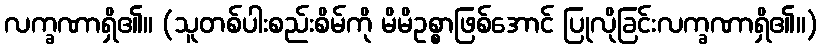
လက္ခဏာရှိ၏။ (သူတစ်ပါးစည်းစိမ်ကို မိမိဥစ္စာဖြစ်အောင် ပြုလိုခြင်းလက္ခဏာရှိ၏။)